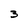
Character: 3